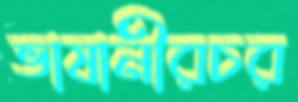
ভাষানীরচর